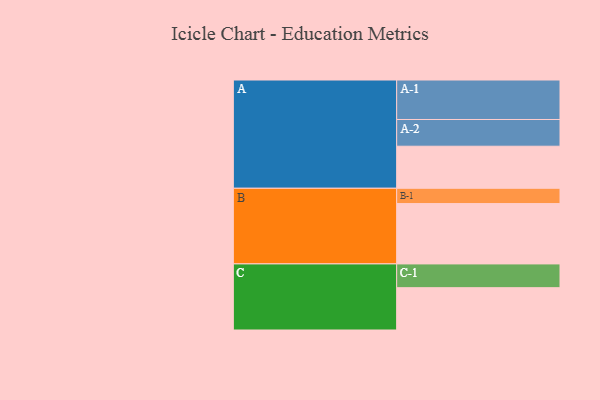
{"axis": {"x": "Segment", "y": "Value"}, "legend": ["", "A", "B", "C"], "data": [{"x": "A", "y": 313, "type": ""}, {"x": "B", "y": 449, "type": ""}, {"x": "C", "y": 315, "type": ""}, {"x": "A-1", "y": 294, "type": "A"}, {"x": "A-2", "y": 199, "type": "A"}, {"x": "B-1", "y": 114, "type": "B"}, {"x": "C-1", "y": 177, "type": "C"}]}